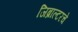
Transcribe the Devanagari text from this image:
जिब्राल्टरचे